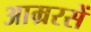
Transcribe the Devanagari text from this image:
आम्ररसें